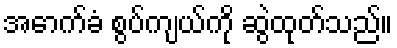
အောက်ခံ စွပ်ကျယ်ကို ဆွဲထုတ်သည်။